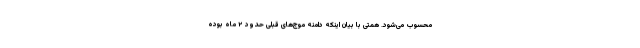
محسوب می‌شود. همتی با بیان اینکه دامنه موج‌های قبلی حدود ٢ ماه بوده